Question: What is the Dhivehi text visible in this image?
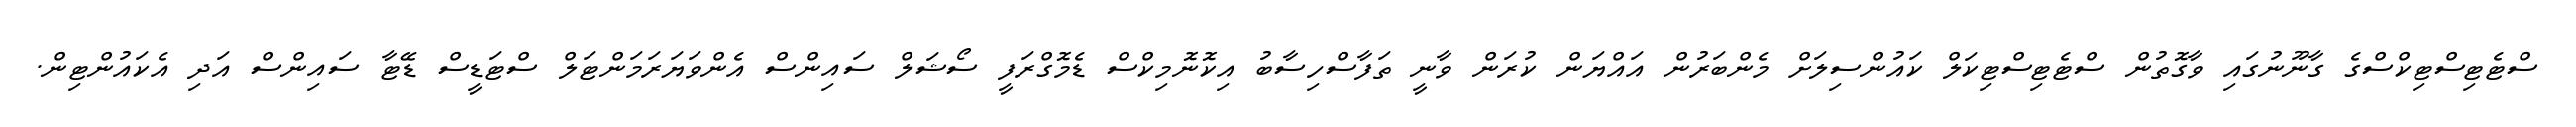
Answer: ސްޓެޓިސްޓިކްސްގެ ގާނޫނުގައި ވާގޮތުން ސްޓެޓިސްޓިކަލް ކައުންސިލަށް މެންބަރުން އައްޔަން ކުރަން ވާނީ ތަފާސްހިސާބު އިކޮނޮމިކްސް ޑެމޮގްރަފީ ސޯޝަލް ސައިންސް އެންވަޔަރަމަންޓަލް ސްޓަޑީސް ޑޭޓާ ސައިންސް އަދި އެކައުންޓިން.